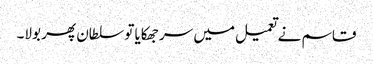
قاسم نے تعمیل میں سر جھکایا تو سلطان پھر بولا۔